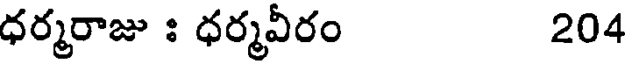
ధర్మరాజు : ధర్మవీరం 204